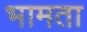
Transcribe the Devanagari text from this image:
भामता